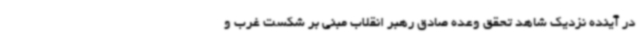
در آینده نزدیک شاهد تحقق وعده صادق رهبر انقلاب مبنی بر شکست غرب و